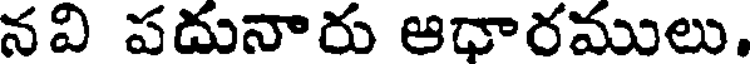
నవి పదునారు ఆధారములు.